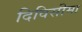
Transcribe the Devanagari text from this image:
दिविसीमा